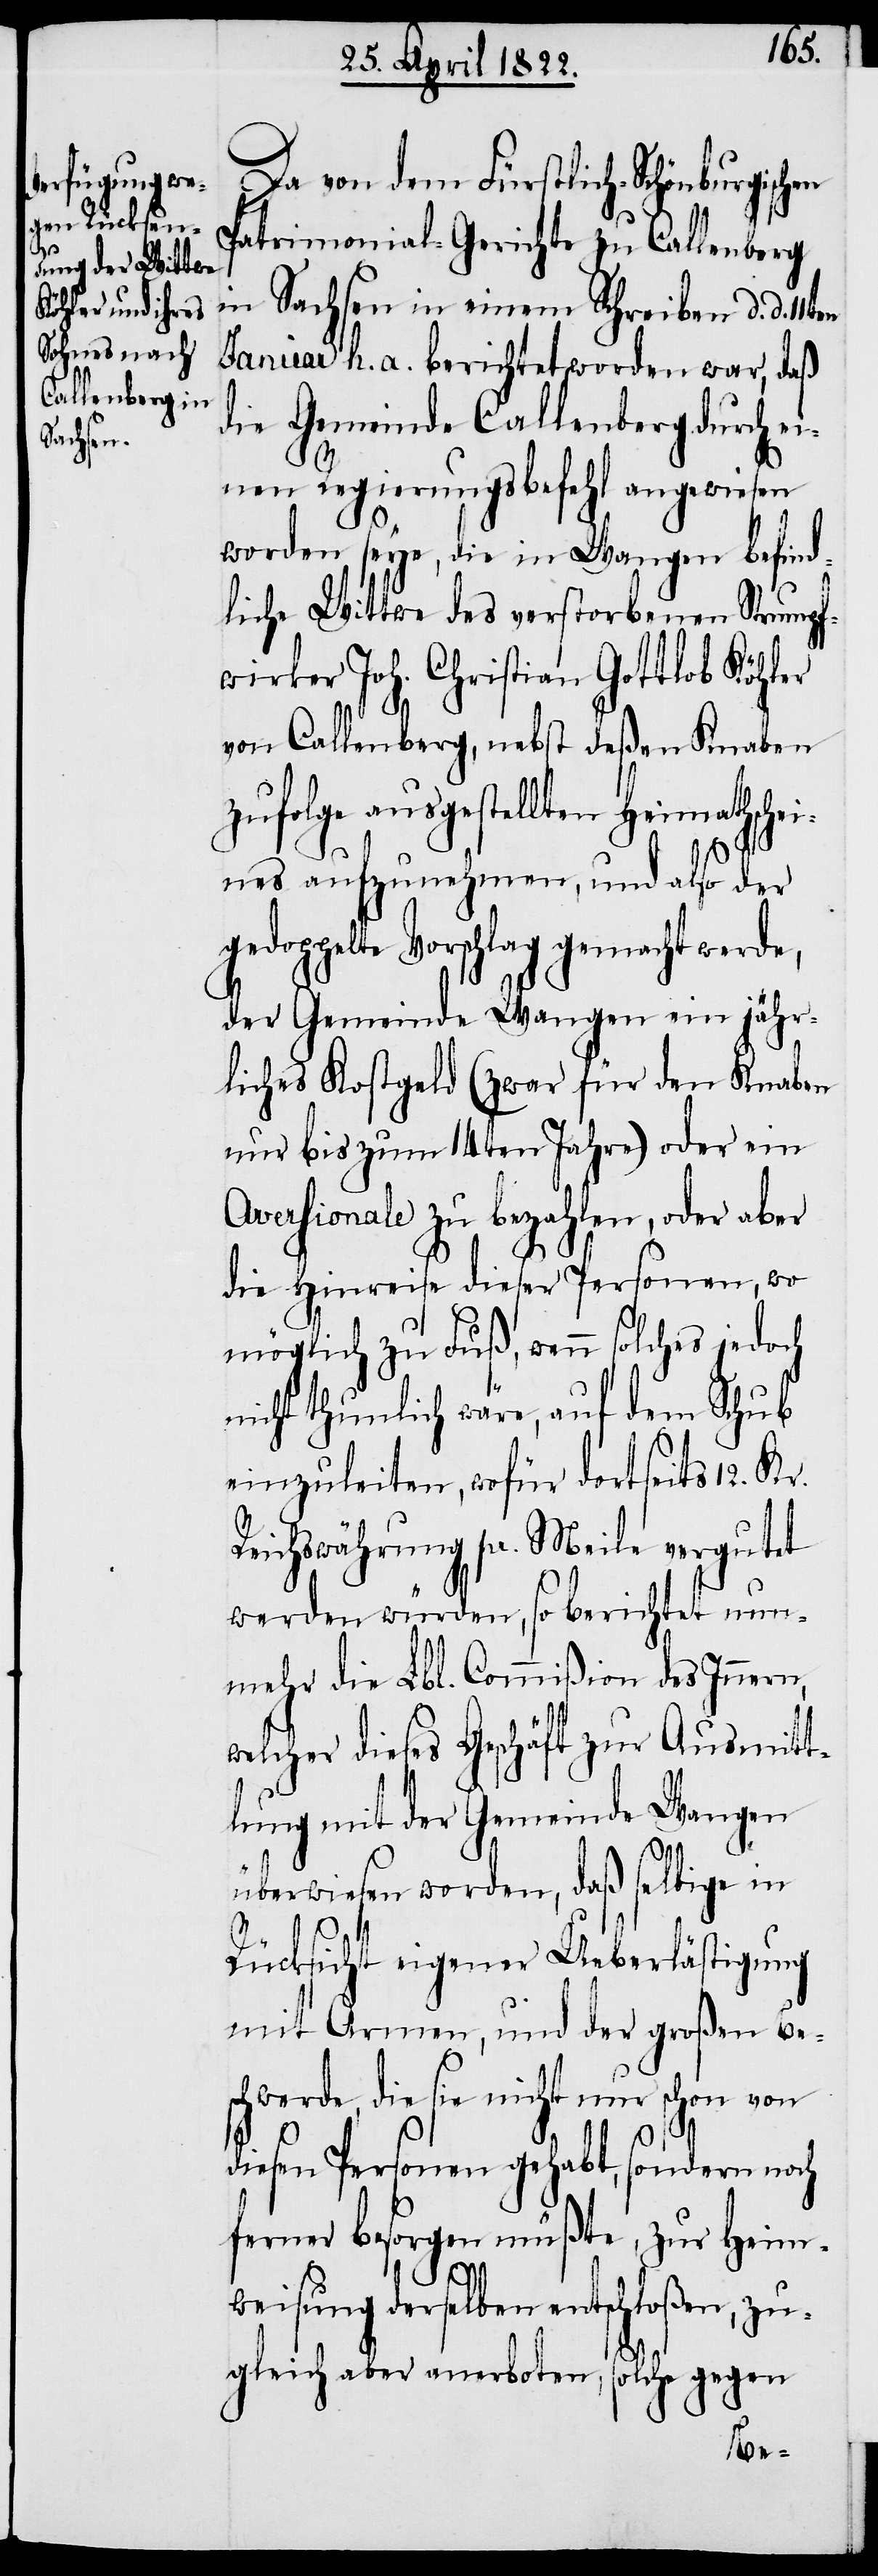
Da von dem Fürstlich-Schönburgischen
Patrimonial-Gerichte zu Callenberg
in Sachsen in einem Schreiben d. d.
Januar h. a. berichtet worden war, daß
die Gemeinde Callenberg durch ei¬
nen Regierungsbefehl angewiesen
worden seye, die in Wangen befind¬
liche Wittwe des verstorbenen Strumpf¬
wirker Joh. Christian Gottlob Köhler
von Callenberg, nebst deßen Knaben
zufolge ausgestellten Heimathsch¬
eines aufzunehmen, und also der
gedoppelte Vorschlag gemacht werde,
der Gemeinde Wangen ein jähr¬
liches Kostgeld (zwar für den Knaben
nur bis zum 14ten Jahre) oder ein
Aversionale zu bezahlen, oder aber
die Hinreise dieser Personen, wo
möglich zu Fuß, wenn solches jedoch
nicht thunlich wäre, auf dem Schub
einzuleiten, wofür dortseits 12. Kr.
Reichswährung pr. Meile vergutet
werden würden, so berichtet nun¬
mehr die Lbl. Commißion des Innern,
welcher dieses Geschäft zur Ausmitt¬
lung mit der Gemeinde Wangen
überwiesen worden, daß selbige in
Rücksicht eigener Ueberlästigung
mit Armen, und der großen Be¬
schwerde, die sie nicht nur schon von
diesen Personen gehabt, sondern noch
ferner besorgen müßte, zur Heim¬
weisung derselben entschloßen, zu¬
gleich aber anerboten, solche gegen